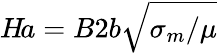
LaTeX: H\! a=B2b\sqrt{\sigma_{m}/\mu}